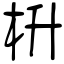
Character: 枡